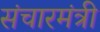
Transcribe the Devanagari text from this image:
संचारमंत्री